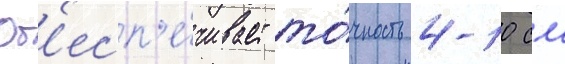
Об'есп'е́чивает то́чность 4-10 см